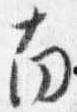
南